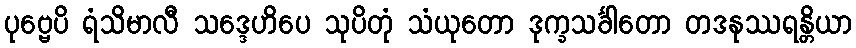
ပုဗ္ဗေပိ ရံသိမာလီ သဒ္ဒေဟိပေ သုပိတုံ သံယုတော ဒုက္ခသင်္ခါတော တဒနုဿရန္တိယာ